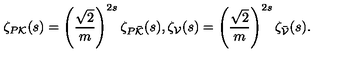
\zeta _ { P { \cal K } } ( s ) = \left( \frac { \sqrt { 2 } } { m } \right) ^ { 2 s } \zeta _ { P \bar { \cal K } } ( s ) , \zeta _ { \cal V } ( s ) = \left( \frac { \sqrt { 2 } } { m } \right) ^ { 2 s } \zeta _ { \bar { \cal V } } ( s ) .